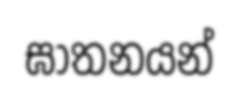
ඝාතනයන්